Report of an investigation into the causes of malaria in Bombay and the measures necessary for its control
Disease focus: Malaria
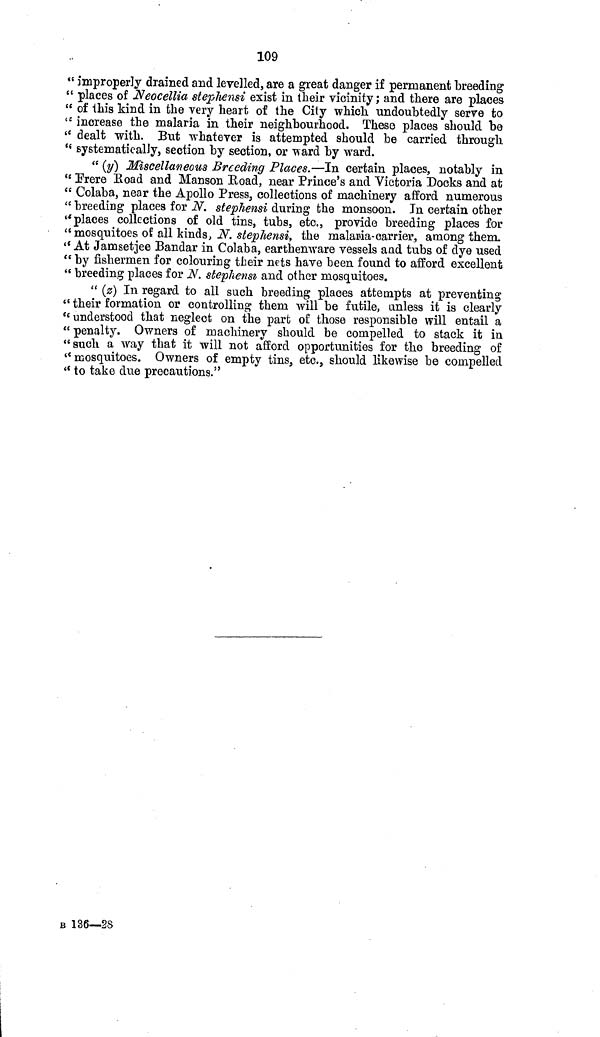
109
" improperly drained and levelled, are a great danger if permanent breeding
" places of Neocellia stephensi exist in their vicinity; and there are places
" of this kind in the very heart of the City which undoubtedly serve to
" increase the malaria in their neighbourhood. These places should be
" dealt with. But whatever is attempted should be carried through.
" systematically, section by section, or ward by ward.
" (y) Miscellaneous Breeding Places.—In certain places, notably in
" Frere Road and Manson Road, near Prince's and Victoria Docks and at
" Colaba, near the Apollo Press, collections of machinery afford numerous
" breeding places for N. stephensi during the monsoon. In certain other
"places collections of old tins, tubs, etc., provide breeding places for
" mosquitoes of all kinds, N. stephensi, the malaria-carrier, among them.
" At Jamsetjee Bandar in Colaba, earthenware vessels and tubs of dye used
" by fishermen for colouring their nets have been found to afford excellent
" breeding places for N. stephensi and other mosquitoes.
" (z) In regard to all such breeding places attempts at preventing
" their formation or controlling them will be futile, unless it is clearly
" understood that neglect on the part of those responsible will entail a
" penalty. Owners of machinery should be compelled to stack it in
"such a way that it will not afford opportunities for the breeding of
" mosquitoes. Owners of empty tins, etc., should likewise be compelled
" to take due precautions."
B 136—28